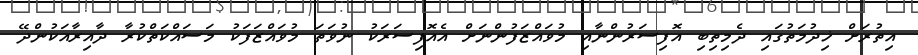
އިތުރަށް ޚިދުމަތުގައި ދެމިތިބި އޮފިސަރުންނާއި މުވައްޒަފުންނަށް އެއޮފިސަރަކު ނުވަތަ މުވައްޒަފަކު މަސައްކަތްކުރާ ދާއިރާއަކުންދޭ